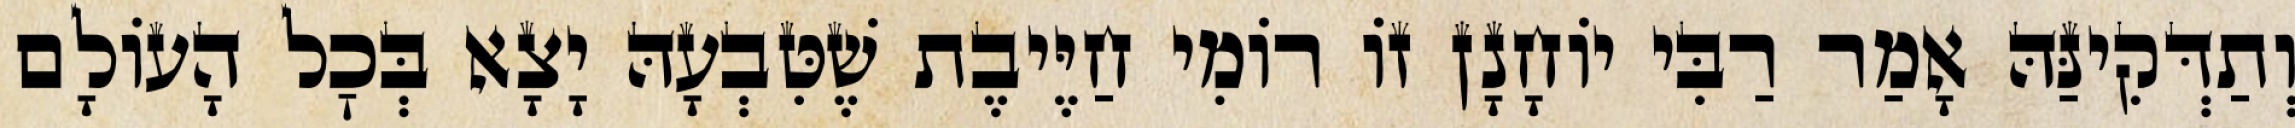
וְתַדְּקִינַּהּ אָמַר רַבִּי יוֹחָנָן זוֹ רוֹמִי חַיֶּיבֶת שֶׁטִּבְעָהּ יָצָא בְּכׇל הָעוֹלָם